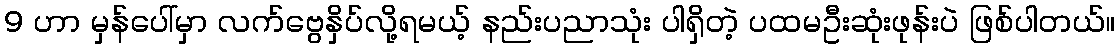
9 ဟာ မှန်ပေါ်မှာ လက်ဗွေနှိပ်လို့ရမယ့် နည်းပညာသုံး ပါရှိတဲ့ ပထမဦးဆုံးဖုန်းပဲ ဖြစ်ပါတယ်။